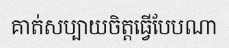
គាត់សប្បាយចិត្តធ្វើបែបណា